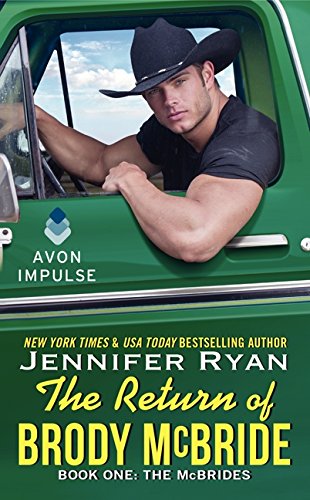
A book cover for The Return of Brody McBride: Book One: The McBrides; Jennifer Ryan; Romance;